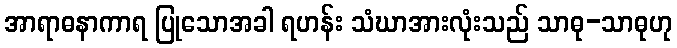
အာရာဓနာကာရ ပြုသောအခါ ရဟန်း သံဃာအားလုံးသည် သာဓု-သာဓုဟု